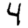
Digit: 4